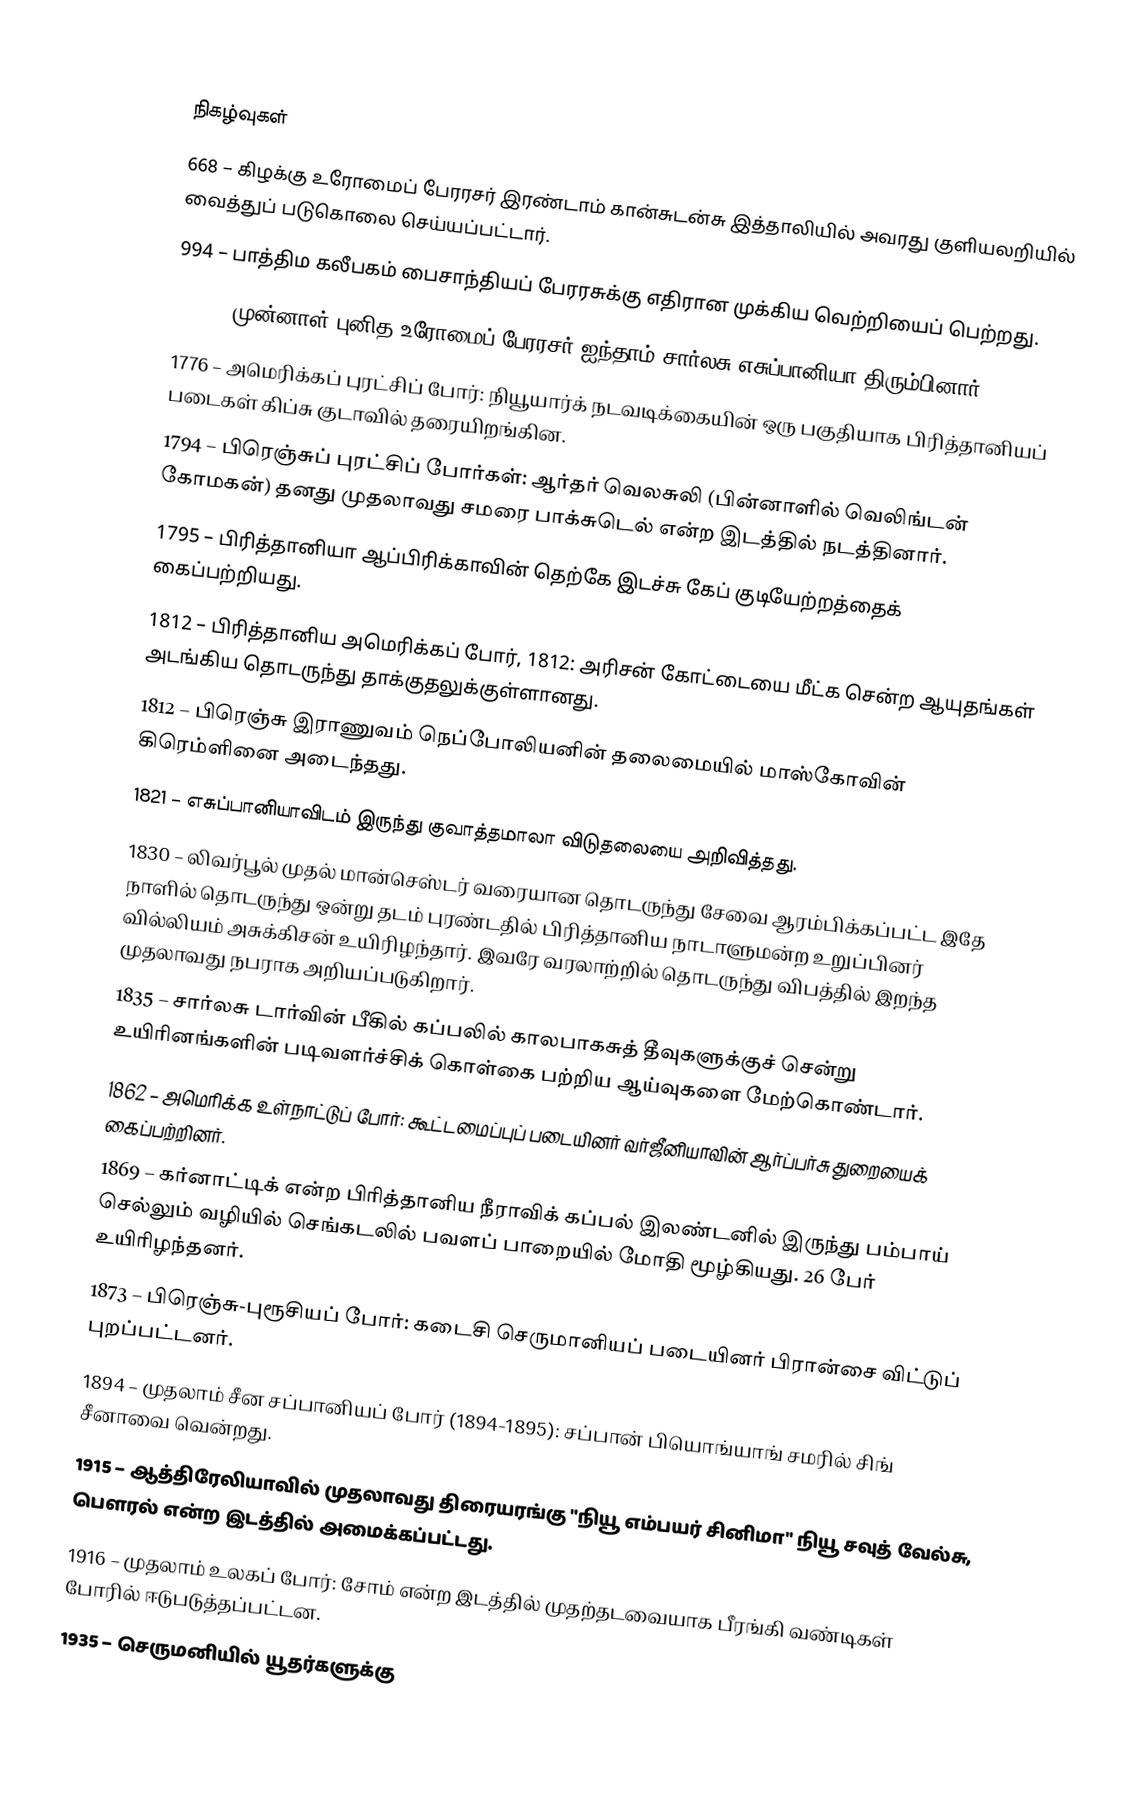

நிகழ்வுகள்
668 – கிழக்கு உரோமைப் பேரரசர் இரண்டாம் கான்சுடன்சு இத்தாலியில் அவரது குளியலறியில் வைத்துப் படுகொலை செய்யப்பட்டார்.
994 – பாத்திம கலீபகம் பைசாந்தியப் பேரரசுக்கு எதிரான முக்கிய வெற்றியைப் பெற்றது.
1556 – முன்னாள் புனித உரோமைப் பேரரசர் ஐந்தாம் சார்லசு எசுப்பானியா திரும்பினார்.
1776 – அமெரிக்கப் புரட்சிப் போர்: நியூயார்க் நடவடிக்கையின் ஒரு பகுதியாக பிரித்தானியப் படைகள் கிப்சு குடாவில் தரையிறங்கின.
1794 – பிரெஞ்சுப் புரட்சிப் போர்கள்: ஆர்தர் வெலசுலி (பின்னாளில் வெலிங்டன் கோமகன்) தனது முதலாவது சமரை பாக்சுடெல் என்ற இடத்தில் நடத்தினார்.
1795 – பிரித்தானியா ஆப்பிரிக்காவின் தெற்கே இடச்சு கேப் குடியேற்றத்தைக் கைப்பற்றியது.
1812 – பிரித்தானிய அமெரிக்கப் போர், 1812: அரிசன் கோட்டையை மீட்க சென்ற ஆயுதங்கள் அடங்கிய தொடருந்து தாக்குதலுக்குள்ளானது.
1812 – பிரெஞ்சு இராணுவம் நெப்போலியனின் தலைமையில் மாஸ்கோவின் கிரெம்ளினை அடைந்தது.
1821 – எசுப்பானியாவிடம் இருந்து குவாத்தமாலா விடுதலையை அறிவித்தது.
1830 – லிவர்பூல் முதல் மான்செஸ்டர் வரையான தொடருந்து சேவை ஆரம்பிக்கப்பட்ட இதே நாளில் தொடருந்து ஒன்று தடம் புரண்டதில் பிரித்தானிய நாடாளுமன்ற உறுப்பினர் வில்லியம் அசுக்கிசன் உயிரிழந்தார். இவரே வரலாற்றில் தொடருந்து விபத்தில் இறந்த முதலாவது நபராக அறியப்படுகிறார்.
1835 – சார்லசு டார்வின் பீகில் கப்பலில் காலபாகசுத் தீவுகளுக்குச் சென்று உயிரினங்களின் படிவளர்ச்சிக் கொள்கை பற்றிய ஆய்வுகளை மேற்கொண்டார்.
1862 – அமெரிக்க உள்நாட்டுப் போர்: கூட்டமைப்புப் படையினர் வர்ஜீனியாவின் ஆர்ப்பர்சு துறையைக் கைப்பற்றினர்.
1869 – கர்னாட்டிக் என்ற பிரித்தானிய நீராவிக் கப்பல் இலண்டனில் இருந்து பம்பாய் செல்லும் வழியில் செங்கடலில் பவளப் பாறையில் மோதி மூழ்கியது. 26 பேர் உயிரிழந்தனர்.
1873 – பிரெஞ்சு-புரூசியப் போர்: கடைசி செருமானியப் படையினர் பிரான்சை விட்டுப் புறப்பட்டனர்.
1894 – முதலாம் சீன சப்பானியப் போர் (1894-1895): சப்பான் பியொங்யாங் சமரில் சிங் சீனாவை வென்றது.
1915 – ஆத்திரேலியாவில் முதலாவது திரையரங்கு "நியூ எம்பயர் சினிமா" நியூ சவுத் வேல்சு, பௌரல் என்ற இடத்தில் அமைக்கப்பட்டது.
1916 – முதலாம் உலகப் போர்: சோம் என்ற இடத்தில் முதற்தடவையாக பீரங்கி வண்டிகள் போரில் ஈடுபடுத்தப்பட்டன.
1935 – செருமனியில் யூதர்களுக்கு